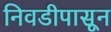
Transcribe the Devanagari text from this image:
निवडीपासून